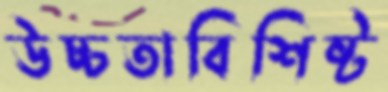
উচ্চতাবিশিষ্ট